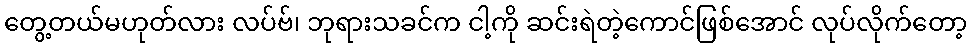
တွေ့တယ်မဟုတ်လား လပ်ဗ်၊ ဘုရားသခင်က ငါ့ကို ဆင်းရဲတဲ့ကောင်ဖြစ်အောင် လုပ်လိုက်တော့